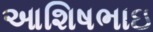
આશિષભાઇ